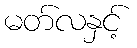
မတ်လနှင့်